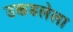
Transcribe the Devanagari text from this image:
उकडलेला